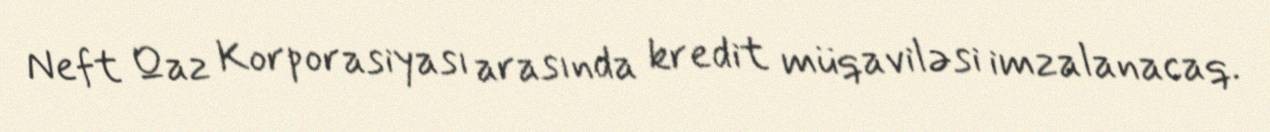
Neft Qaz Korporasiyası arasında kredit müqaviləsi imzalanacaq.